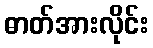
ဓာတ်အားလိုင်း